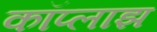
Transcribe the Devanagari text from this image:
कॉप्लाझ